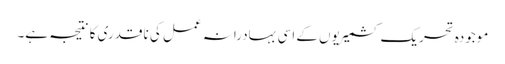
موجودہ تحریک کشمیریوں کے اسی بہادرانہ عمل کی ناقدری کا نتیجہ ہے۔